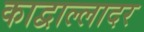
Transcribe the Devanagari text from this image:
काद्वाल्लादर